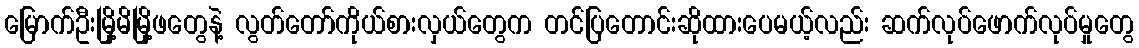
မြောက်ဦးမြို့မိမြို့ဖတွေနဲ့ လွတ်တော်ကိုယ်စားလှယ်တွေက တင်ပြတောင်းဆိုထားပေမယ့်လည်း ဆက်လုပ်ဖောက်လုပ်မှုတွေ